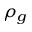
\rho _ { g }